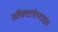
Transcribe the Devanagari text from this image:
ऑक्टापेप्टाइड